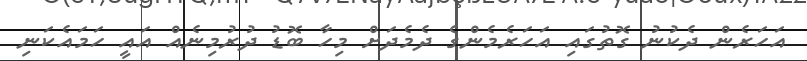
އަހަރެން ދެކުނު ގޮތުގައި އަހަރެމެންގެ ދެމެދަށް މިހާ ބޮޑު ދުރުމިނެއް އައީ ހަމައެކަނި